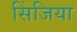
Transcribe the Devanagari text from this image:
सिंजिया